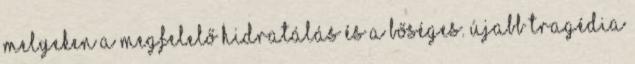
melyeken a megfelelő hidratálás és a bőséges. Újabb tragédia